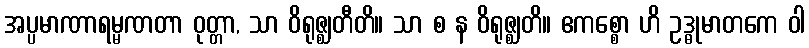
အပ္ပမာဏာရမ္မဏတာ ဝုတ္တာ, သာ ဝိရုဇ္ဈတီတိ။ သာ စ န ဝိရုဇ္ဈတိ။ ဧကစ္စော ဟိ ဥဒ္ဓုမာတကေ ဝါ